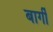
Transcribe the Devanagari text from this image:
बार्गी